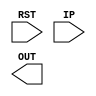
`default_nettype none


// Input RST - al  digital input,   IP   - analog input,
// 6:47
// VDD y VSS cualquiera de los dos que usamos
// 6:47
// output OUT - analoga

module APS(
    
`ifdef USE_POWER_PINS
    input   VDD,
    input   VSS,
`endif
    
    input  RST,
    input  IP,
    output OUT

);




endmodule
`default_nettype wire